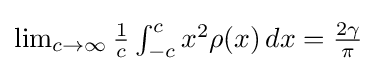
{\textstyle \lim _{c\to \infty }{\frac {1}{c}}\int _{-c}^{c}x^{2}\rho (x)\,dx={\frac {2\gamma }{\pi }}}